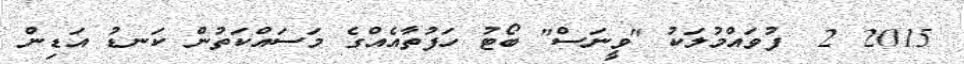
2015 2  ފުވައްމުލަކު "ވީނަސް" ބޯޓު ހަފުތާއެއްގެ މަސައްކަތުން ކަނޑު އަޑިން